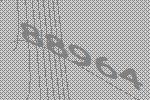
88964